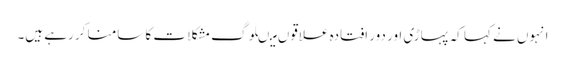
انہوں نے کہا کہ پہاڑی اور دور افتادہ علاقوں میںلوگ مشکلا ت کا سامنا کر رہے ہیں۔